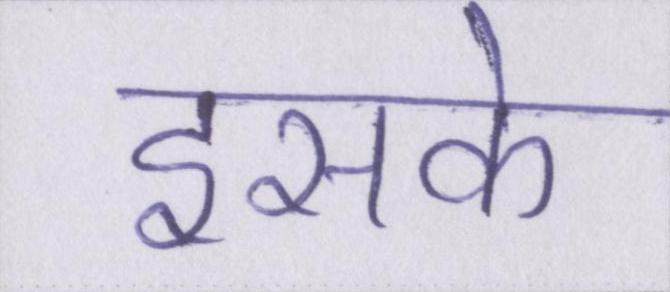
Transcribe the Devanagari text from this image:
इसके